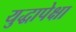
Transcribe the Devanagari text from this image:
युद्धापेक्षा